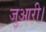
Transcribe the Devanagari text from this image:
जुआरी।